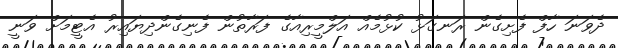
ދެވަނަ ހާފް ފެށިގެން ރަނގަޅު ކުޅުމެއް އަލްމީރިއާގެ ފަރާތުން ފެނިގެންދިޔައިރު އެޓީމަށް ވަނީ